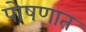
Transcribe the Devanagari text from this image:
पोषणात